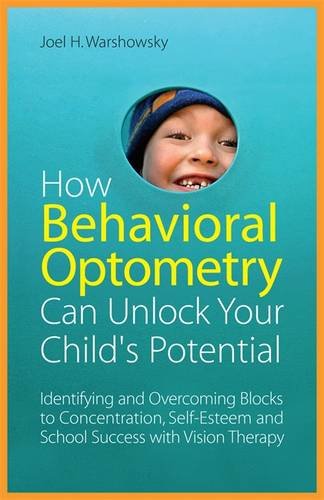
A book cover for How Behavioral Optometry Can Unlock Your Child's Potential: Identifying and Overcoming Blocks to Concentration, Self-Esteem and School Success with Vi; Joel H. Warshowsky; Medical Books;